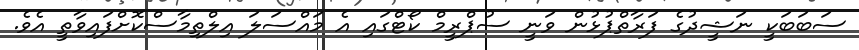
ސަބަބަކީ ނަޝީދުގެ ފަރާތްޕުޅުން ވަނީ ސުޕްރީމް ކޯޓްގައި އެ މައްސަލަ އިލްތިމާސްކޮށްފައިވާތީ އެވެ.